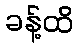
ခန့်ထိ